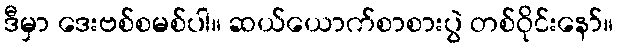
ဒီမှာ ဒေးဗစ်စမစ်ပါ။ ဆယ်ယောက်စာစားပွဲ တစ်ဝိုင်းနော်။